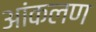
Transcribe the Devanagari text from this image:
आंकलण